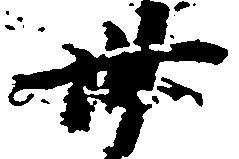
卅